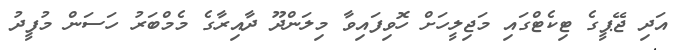
އަދި ޖޭޕީގެ ޓިކެޓްގައި މަޖިލީހަށް ހޮވިފައިވާ މިލަންދޫ ދާއިރާގެ މެމްބަރު ހަސަން މުފީދު